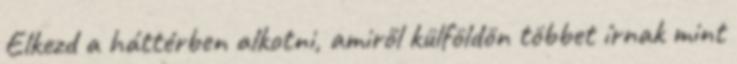
Elkezd a háttérben alkotni, amiről külföldön többet írnak mint